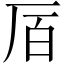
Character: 𫨅